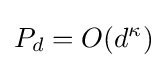
P_{d}=O(d^{\kappa })